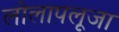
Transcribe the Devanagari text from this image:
लोलापलूजा